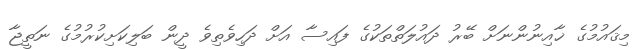
މިޤައުމުގެ ޚާއިނުންނަށް ބޭރު ދައުލަތްތަކުގެ ފައިސާ އަށް ދަހިވެތިވެ ދީން ބަލިކަށިކުރުމުގެ ނަތީޖާ